Senior Leaving Certificate Examination (including Day School Certificate (Higher) General paper), 1948
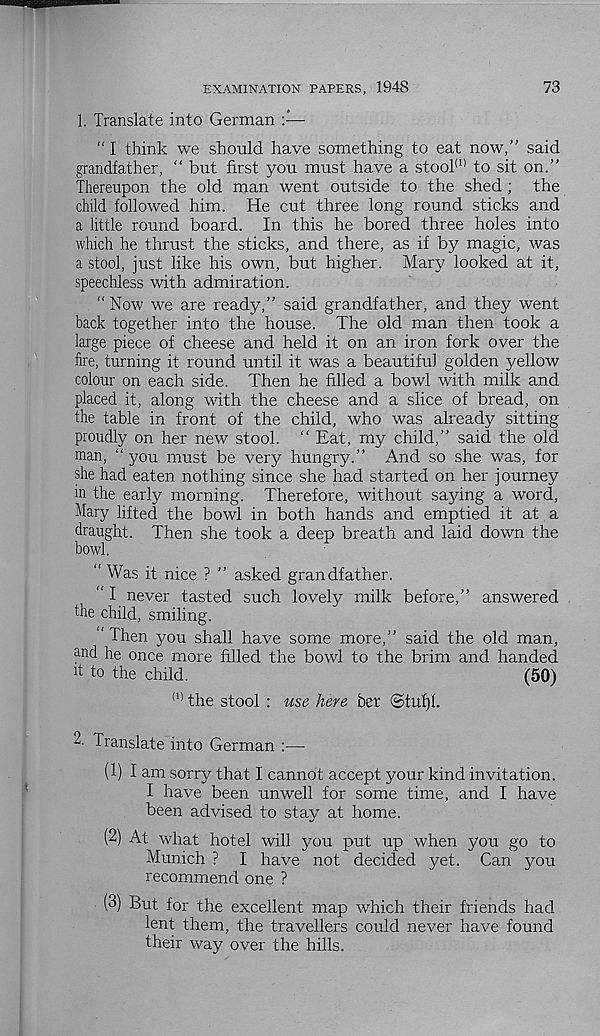
73
EXAMINATION PAPERS, 1948
1. Translate into German
“ I think we should have something to eat now,” said
grandfather, " but first you must have a stool (1) to sit on.”
Thereupon the old man went outside to the shed; the
child followed him. He cut three long round sticks and
a little round board. In this he bored three holes into
which he thrust the sticks, and there, as if by magic, was
a stool, just like his own, but higher. Mary looked at it,
speechless with admiration.
" Now 'we are ready,” said grandfather, and they went
back together into the house. The old man then took a
large piece of cheese and held it on an iron fork over the
fire, turning it round until it was a beautiful golden yellow
colour on each side. Then he filled a bowl with milk and
placed it, along with the cheese and a slice of bread, on
the table in front of the child, who was already sitting
proudly on her new stool. “ Eat, my child,” said the old
man, “ you must be very hungry.” And so she was, for
she had eaten nothing since she had started on her journey
in the early morning. Therefore, without saying a word,
Mary lifted the bowl in both hands and emptied it at a
draught. Then she took a deep breath and laid down the
bowl.
" Was it nice ? ” asked grandfather.
" I never tasted such lovely milk before,” answered
the child, smiling.
" Then you shall have some more,” said the old man,
and he once more filled the bowl to the brim and handed
h to the child.
(50)
(1) the stool : use here her (Stuf)L
2. Translate into German :—
(1)
1 am sorry that I cannot acce
I have been unwell for some time, and I have
been advised to stay at home.
(2) At what hotel will you put up when you go to
Munich ? I have not decided yet. Can you
recommend one ?
(3) But for the excellent map which their friends had
lent them, the travellers could never have found
their way over the hills.